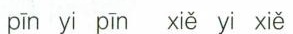
pīn yi pīn xiě yi xiě